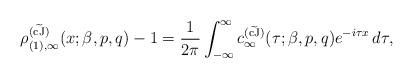
LaTeX: \begin{align*} \rho_{(1),\infty}^{(\widetilde{\rm cJ})}( x ;\beta,p,q) - 1 = {1 \over 2 \pi } \int_{-\infty}^\infty c_\infty^{(\widetilde{\rm cJ})}(\tau;\beta,p,q) e^{-i \tau x} \, d \tau, \end{align*}